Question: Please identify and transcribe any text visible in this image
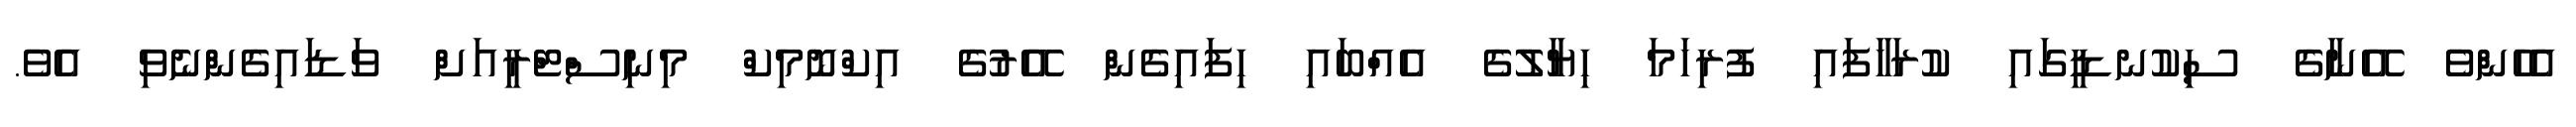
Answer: އެހެންވެ އޭނާގެ ސިކުނޑީގައި ކުރަހާފައި ފުރިހަމަ ހިޔާލުގެ އެއްބައި ހިފައިގެން އޭރުގެ އިކްނޮމިކް މިނިސްޓްރީއަށް ވަޑައިގެންނެވި އެވެ.